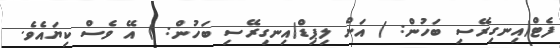
ފެޓް(އިނގިރޭސި ބަހުން: ) އަށް ލިޕިޑް(އިނގިރޭސި ބަހުން: ) އޭ ވެސް ކިޔައެވެ.